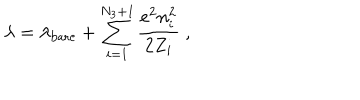
\lambda = \lambda _ { \mathrm { b a r e } } + \sum _ { i = 1 } ^ { N _ { 3 } + 1 } \frac { e ^ { 2 } n _ { i } ^ { 2 } } { 2 Z _ { i } } \ ,